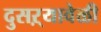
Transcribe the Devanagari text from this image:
दुसऱ्यावेळी